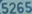
52655